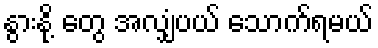
နွားနို့ တွေ အလျှံပယ် သောက်ရမယ်